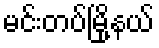
မင်းတပ်မြို့နယ်